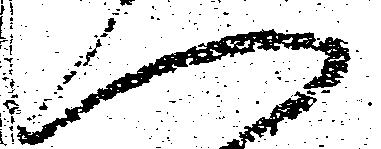
へ